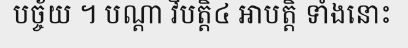
បច្ច័យ ។ បណ្តា វិបត្តិ៤ អាបត្តិ ទាំងនោះ